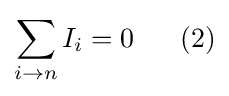
\sum _{i\rightarrow n}I_{i}=0\ \ \ \ \ (2)